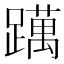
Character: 𨆣